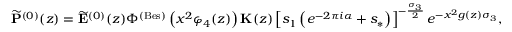
\widetilde { \mathbf { P } } ^ { ( 0 ) } ( z ) = \widetilde { \mathbf { E } } ^ { ( 0 ) } ( z ) \Phi ^ { ( \mathrm { B e s } ) } \left( x ^ { 2 } \varphi _ { 4 } ( z ) \right) \mathbf { K } ( z ) \left[ s _ { 1 } \left( e ^ { - 2 \pi i \alpha } + s _ { * } \right) \right] ^ { - \frac { \sigma _ { 3 } } { 2 } } e ^ { - x ^ { 2 } g ( z ) \sigma _ { 3 } } ,